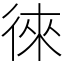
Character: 徠